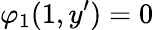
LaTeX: \varphi_{1}(1,y^{\prime})=0